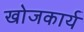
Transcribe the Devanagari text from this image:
खोजकार्य